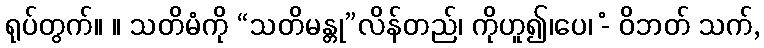
ရုပ်တွက်။ ။ သတိမံကို “သတိမန္တု”လိန်တည်၊ ကိုဟူ၍၊ပေ၊ -ံ ဝိဘတ် သက်,